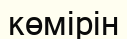
көмірін